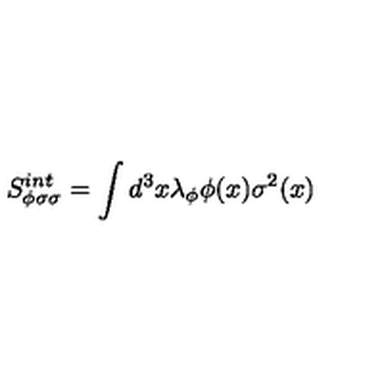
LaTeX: S _ { \phi \sigma \sigma } ^ { i n t } = \int d ^ { 3 } x \lambda _ { \phi } \phi ( x ) \sigma ^ { 2 } ( x )